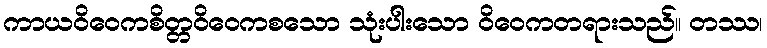
ကာယဝိဝေကစိတ္တဝိဝေကစသော သုံးပါးသော ဝိဝေကတရားသည်။ တဿ၊